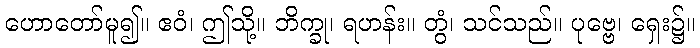
ဟောတော်မူ၍။ ဧဝံ၊ ဤသို့။ ဘိက္ခု၊ ရဟန်း။ တွံ၊ သင်သည်။ ပုဗ္ဗေ၊ ရှေး၌။